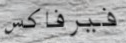
فيرفاكس